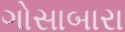
ગોસાબારા